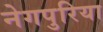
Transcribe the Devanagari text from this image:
नेगपुरिया